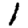
Digit: 1